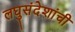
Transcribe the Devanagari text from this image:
लघुसंदेशांची